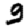
Digit: 9